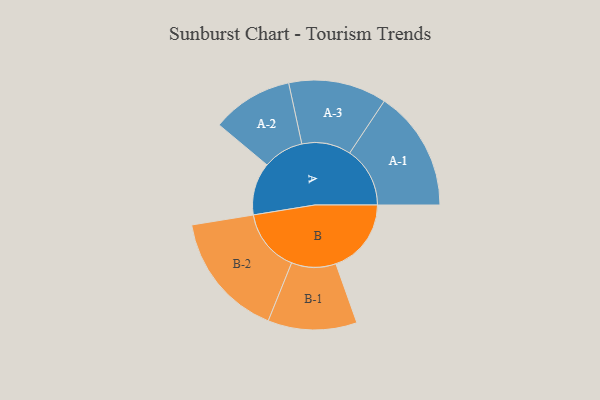
{"axis": {"x": "Segment", "y": "Value"}, "legend": ["", "A", "B"], "data": [{"x": "A", "y": 216, "type": ""}, {"x": "B", "y": 310, "type": ""}, {"x": "A-1", "y": 248, "type": "A"}, {"x": "A-2", "y": 167, "type": "A"}, {"x": "A-3", "y": 202, "type": "A"}, {"x": "B-1", "y": 183, "type": "B"}, {"x": "B-2", "y": 259, "type": "B"}]}